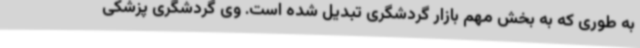
به طوری که به بخش مهم بازار گردشگری تبدیل شده است. وی گردشگری پزشکی